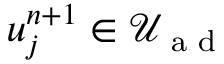
u _ { j } ^ { n + 1 } \in \mathcal { U } _ { \textrm { a d } }